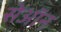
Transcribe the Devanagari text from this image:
सेऑन